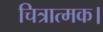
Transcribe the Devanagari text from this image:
चित्रात्मक।